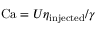
\mathrm { C a } = U \eta _ { \mathrm { i n j e c t e d } } / \gamma